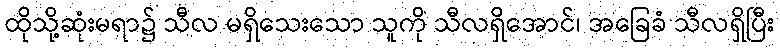
ထိုသို့ဆုံးမရာ၌ သီလ မရှိသေးသော သူကို သီလရှိအောင်၊ အခြေခံ သီလရှိပြီး